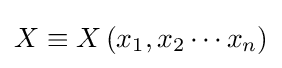
X\equiv X\left(x_{1},x_{2}\cdots x_{n}\right)